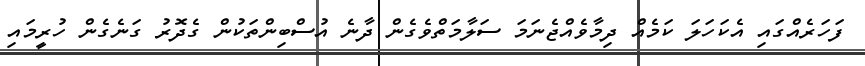
ފަހަރެއްގައި އެކަހަލަ ކަމެއް ދިމާވެއްޖެނަމަ ސަލާމަތްވެގެން ދާނެ އުސްބިންތަކުން ގެދޮރު ގަނެގެން ހުރީމައި